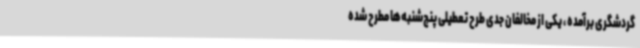
گردشگری برآمده ، یکی از مخالفان جدی طرح تعطیلی پنج‌شنبه‌ها مطرح شده